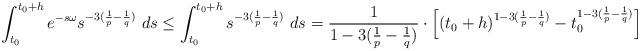
LaTeX: \begin{align*}\begin{aligned}\int_{t_{0}}^{t_{0}+h} e^{-s \omega} s^{-3 (\frac{1}{p}-\frac{1}{q})} \ ds &\leq \int_{t_{0}}^{t_{0}+h} s^{-3 (\frac{1}{p}-\frac{1}{q})} \ ds = \frac{1}{1-3(\frac{1}{p}-\frac{1}{q})} \cdot \Big[(t_{0}+h)^{1-3(\frac{1}{p}-\frac{1}{q})}- t_{0}^{1-3(\frac{1}{p}-\frac{1}{q})} \Big]\end{aligned}\end{align*}